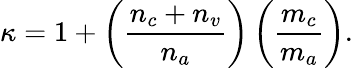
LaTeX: \kappa=1+\left(\frac{n_{c}+n_{v}}{n_{a}}\right)\left(\frac{m_{c}}{m_{a}}\right).